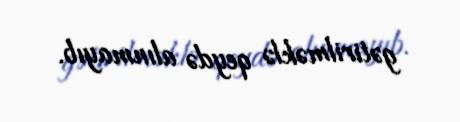
gətirilməklə qeydə alınmayıb.